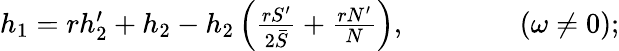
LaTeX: \begin{array}{r}{h_{1}=rh_{2}^{\prime}+h_{2}-h_{2}\left(\frac{rS^{\prime}}{2\bar{S}}+\frac{rN^{\prime}}{N}\right),\qquad\qquad(\omega\neq 0);}\end{array}